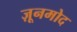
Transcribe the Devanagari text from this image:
ज़ूनमोद